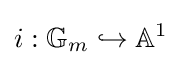
i:\mathbb {G} _{m}\hookrightarrow \mathbb {A} ^{1}